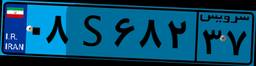
۴۹S۵۱۶۱۸